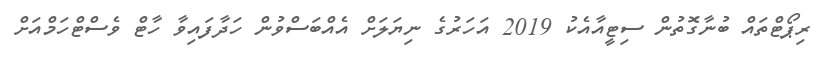
ރިޕޯޓްތައް ބުނާގޮތުން ސިޓީއާއެކު 2019 އަހަރުގެ ނިޔަލަށް އެއްބަސްވުން ހަދާފައިވާ ހާޓް ވެސްޓްހަމްއަށް